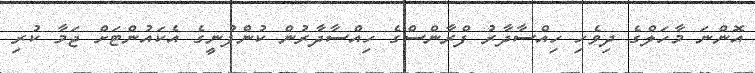
އޮންނަ މާހަލްގެ ދިވެހި ހިއްސާދާރު ފްރާންސްގެ ހިއްސާދާރުން ކުންފުނީގެ އެކައުންޓަށް ޖަމާ ކުރި